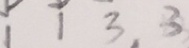
1 1 3 , 3